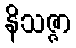
နိသဇ္ဇာ